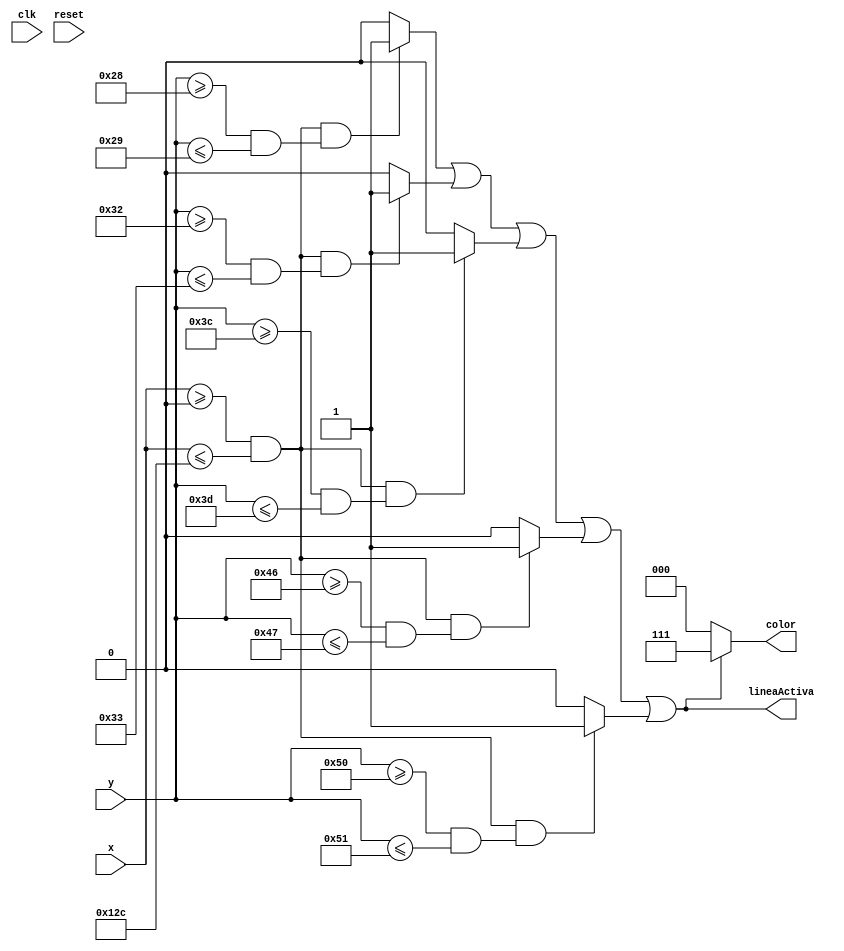
`timescale 1ns / 1ps
//////////////////////////////////////////////////////////////////////////////////
// Company: 
// Engineer: 
// 
// Design Name: 
// Module Name:    Pentagrama 
// Project Name: 
// Target Devices: 
// Tool versions: 
// Description: 
//
// Dependencies: 
//
// Revision: 
// Revision 0.01 - File Created
// Additional Comments: 
//
//////////////////////////////////////////////////////////////////////////////////
module Pentagrama( 
	input clk, 
	input wire [7:0] x,
	input wire [6:0] y,
	input wire reset,
	output reg [2:0] color,
	output wire lineaActiva
);

//********************************************************

//linea 1 
parameter Linea1InicioX = 0;
parameter Linea1FinalX = 300;
parameter Linea1InicioY = 40;
parameter Linea1FinalY = 41;

//linea 2 
parameter Linea2InicioX = 0;
parameter Linea2FinalX = 300;
parameter Linea2InicioY = 50;
parameter Linea2FinalY = 51;

//linea 3
parameter Linea3InicioX = 0;
parameter Linea3FinalX = 300;
parameter Linea3InicioY = 60;
parameter Linea3FinalY = 61;

//linea 4
parameter Linea4InicioX = 0;
parameter Linea4FinalX = 300;
parameter Linea4InicioY = 70;
parameter Linea4FinalY = 71;

//linea 5
parameter Linea5InicioX = 0;
parameter Linea5FinalX = 300;
parameter Linea5InicioY = 80;
parameter Linea5FinalY = 81;


assign linea1 = ((x >= Linea1InicioX && x <= Linea1FinalX) &&(y >= Linea1InicioY && y<= Linea1FinalY))? 1'b1:1'b0;
assign linea2 = ((x >= Linea2InicioX && x <= Linea2FinalX) &&(y >= Linea2InicioY && y<= Linea2FinalY))? 1'b1:1'b0;
assign linea3 = ((x >= Linea3InicioX && x <= Linea3FinalX) &&(y >= Linea3InicioY && y<= Linea3FinalY))? 1'b1:1'b0;
assign linea4 = ((x >= Linea4InicioX && x <= Linea4FinalX) &&(y >= Linea4InicioY && y<= Linea4FinalY))? 1'b1:1'b0;
assign linea5 = ((x >= Linea5InicioX && x <= Linea5FinalX) &&(y >= Linea5InicioY && y<= Linea5FinalY))? 1'b1:1'b0;

assign lineaActiva = linea1 || linea2 || linea3 || linea4 || linea5;

//********************************************************
	
always @(lineaActiva or x or y)
      begin
			if (lineaActiva)
				color = 3'b111;
			else
				color= 3'b000;
		end		

	
endmodule